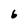
Character: 6